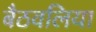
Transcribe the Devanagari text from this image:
बैठवलिया